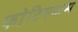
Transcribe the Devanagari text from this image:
फोटियलस